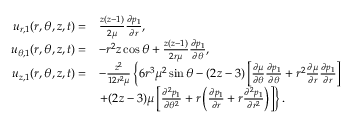
\begin{array} { r l } { u _ { r , 1 } ( r , \theta , z , t ) = } & { \frac { z ( z - 1 ) } { 2 \mu } \frac { \partial p _ { 1 } } { \partial r } , } \\ { u _ { \theta , 1 } ( r , \theta , z , t ) = } & { - r ^ { 2 } z \cos \theta + \frac { z ( z - 1 ) } { 2 r \mu } \frac { \partial p _ { 1 } } { \partial \theta } , } \\ { u _ { z , 1 } ( r , \theta , z , t ) = } & { - \frac { z ^ { 2 } } { 1 2 r ^ { 2 } \mu } \left\{ 6 r ^ { 3 } \mu ^ { 2 } \sin \theta - ( 2 z - 3 ) \left[ \frac { \partial \mu } { \partial \theta } \frac { \partial p _ { 1 } } { \partial \theta } + r ^ { 2 } \frac { \partial \mu } { \partial r } \frac { \partial p _ { 1 } } { \partial r } \right] \right. } \\ & { \left. + ( 2 z - 3 ) \mu \left[ \frac { \partial ^ { 2 } p _ { 1 } } { \partial \theta ^ { 2 } } + r \left( \frac { \partial p _ { 1 } } { \partial r } + r \frac { \partial ^ { 2 } p _ { 1 } } { \partial r ^ { 2 } } \right) \right] \right\} . } \end{array}